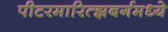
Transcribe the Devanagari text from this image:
पीटरमारित्झबर्गमध्ये